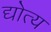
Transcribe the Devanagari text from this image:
द्योत्य